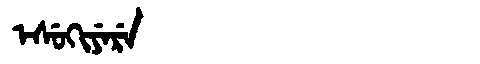
Manchu: ᡝᠰᡠᡴᡳᠶᡝᡵᡝ
Romanization: ESUKIYERE